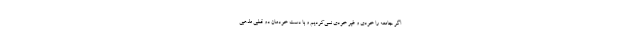
اگر جامعه را خودی و غیر خودی نمی‌کردیم و با دست خودمان دو قطبی مذهبی